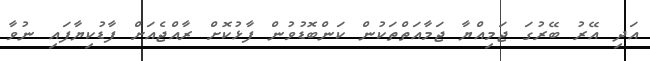
އަދި އޭރު ބޭރުގަ ޖަމިއްޔާ ޖަމާއަތްތަކުން ކަންބޮޑުވުން ފާޅުކޮށް ރާއްޖެއަށް ފާޑުކިޔާފައި ނުވާ